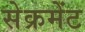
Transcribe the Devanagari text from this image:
सेक्रमेंट